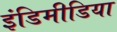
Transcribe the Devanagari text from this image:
इंडिमीडिया